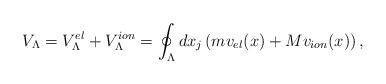
LaTeX: \begin{align*}V_{\Lambda}=V^{el}_{\Lambda}+V^{ion}_{\Lambda}=\oint_{\Lambda}d x_j\left(mv_{el}(x)+Mv_{ion}(x)\right),\end{align*}